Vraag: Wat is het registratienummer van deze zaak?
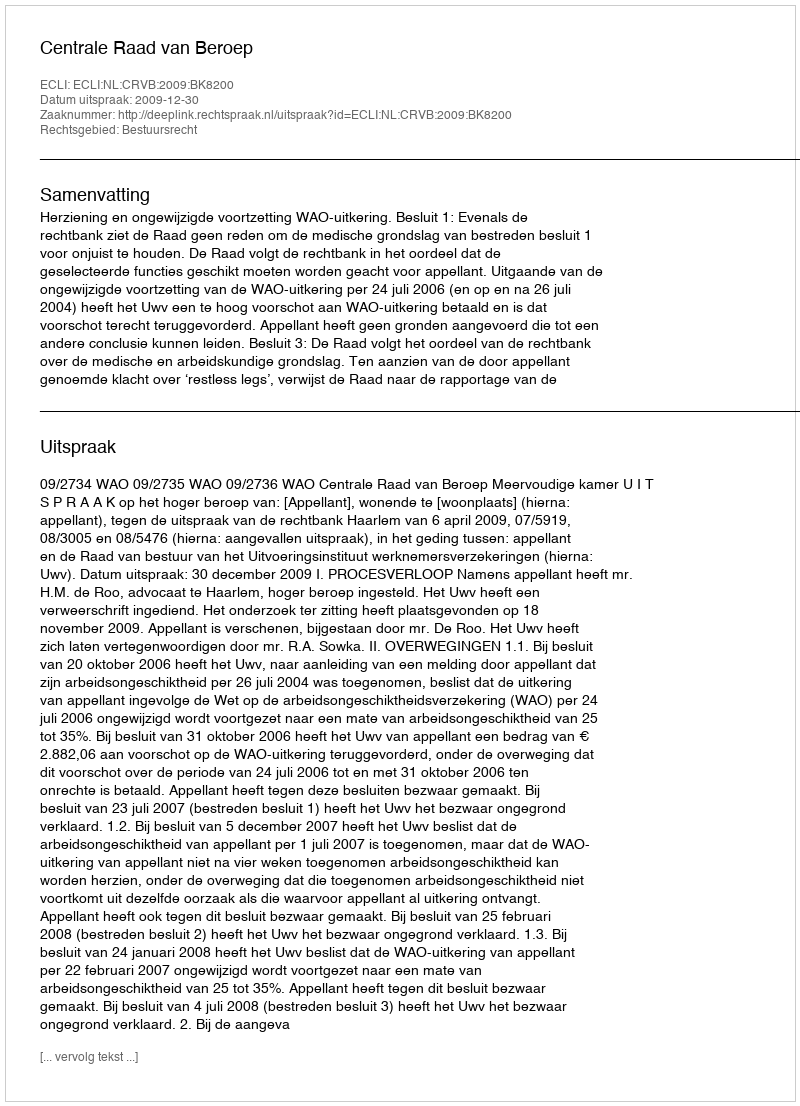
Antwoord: http://deeplink.rechtspraak.nl/uitspraak?id=ECLI:NL:CRVB:2009:BK8200